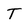
Character: T